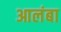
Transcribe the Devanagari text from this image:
आलंबा